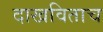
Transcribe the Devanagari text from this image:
दाखविताच